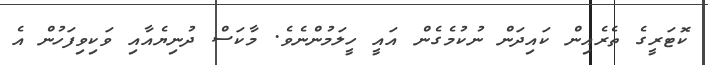
ކޮޓަރީގެ ތެރެއިން ކައިދަން ނުކުމެގެން އައީ ހީލަމުންނެވެ. މާކަސް ދުނިޔެއާއި ވަކިވިފަހުން އެ